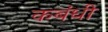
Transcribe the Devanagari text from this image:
कबंधी